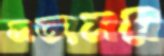
সত্যময়